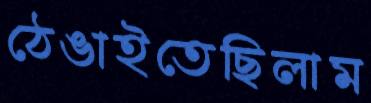
ঠেঙাইতেছিলাম